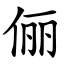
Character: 俪